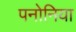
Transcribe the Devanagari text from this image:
पनोनिया